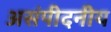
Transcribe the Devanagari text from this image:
असंपीदनीय